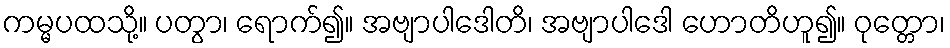
ကမ္မပထသို့။ ပတွာ၊ ရောက်၍။ အဗျာပါဒေါတိ၊ အဗျာပါဒေါ ဟောတိဟူ၍။ ဝုတ္တော၊